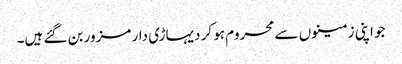
جو اپنی زمینوں سے محروم ہو کر دیہاڑی دار مزور بن گئے ہیں۔